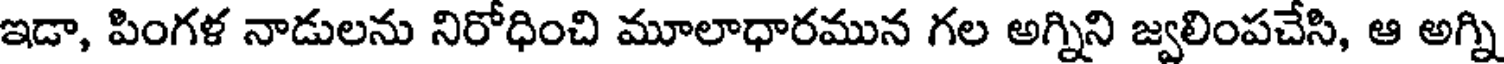
ఇడా, పింగళ నాడులను నిరోధించి మూలాధారమున గల అగ్నిని జ్వలింపచేసి, ఆ అగ్ని